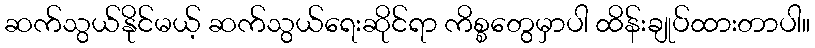
ဆက်သွယ်နိုင်မယ့် ဆက်သွယ်ရေးဆိုင်ရာ ကိစ္စတွေမှာပါ ထိန်းချုပ်ထားတာပါ။